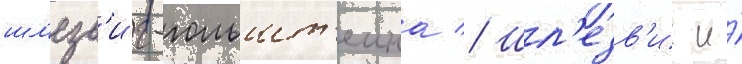
шл'езв'иг-гольшт'еина // Шл'езв'иг и́